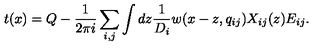
t ( x ) = Q - \frac { 1 } { 2 \pi i } \sum _ { i , j } \int d z \frac { 1 } { D _ { i } } w ( x - z , q _ { i j } ) X _ { i j } ( z ) E _ { i j } . \nonumber